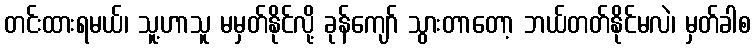
တင်းထားရမယ်၊ သူ့ဟာသူ မမှတ်နိုင်လို့ ခုန်ကျော် သွားတာတော့ ဘယ်တတ်နိုင်မလဲ၊ မှတ်ခါစ